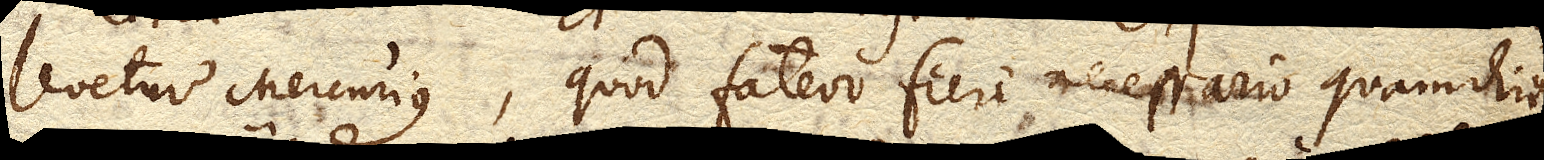
levetur Mercurius, quod fateor fieri necessario quamdiu